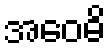
အဝေဓိ